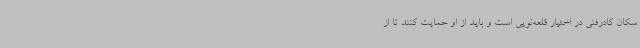
سکان کادرفنی در اختیار قلعه‌نویی است و باید از او حمایت کنند تا از